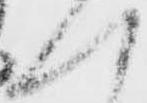
へ